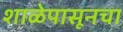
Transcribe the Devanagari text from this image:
शाळेपासूनचा